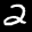
Label: 2